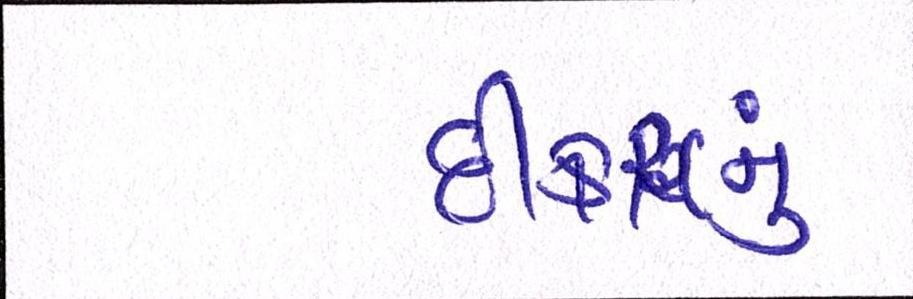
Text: દીકરાનું